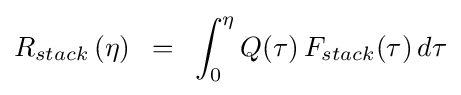
R_{stack}\left(\eta \right)\,\,\,=\,\,\,\int _{0}^{\eta }{Q(\tau )\,F_{stack}(\tau )\,d\tau }